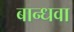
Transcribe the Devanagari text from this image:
बान्धवा